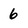
Character: 6